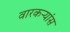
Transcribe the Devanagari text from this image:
वारकऱ्यांस